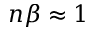
n \beta \approx 1